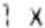
1 X